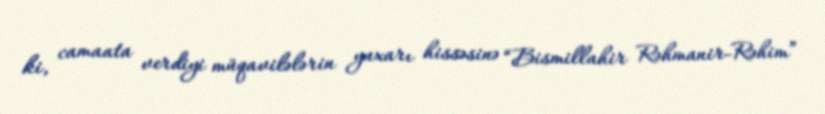
ki, camaata verdiyi müqavilələrin yuxarı hissəsinə “Bismillahir Rəhmanir-Rəhim”